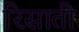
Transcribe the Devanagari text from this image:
रिसाती